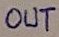
Text: OUT